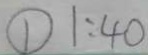
\textcircled { 1 } 1 : 4 0